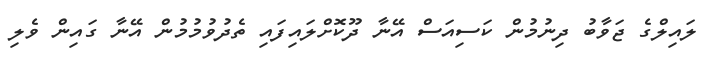
ލައިލްގެ ޖަވާބު ދިނުމުން ކަސިއަސް އޭނާ ދޫކޮށްލައިފައި ތެދުވުމުމުން އޭނާ ގައިން ވެލި